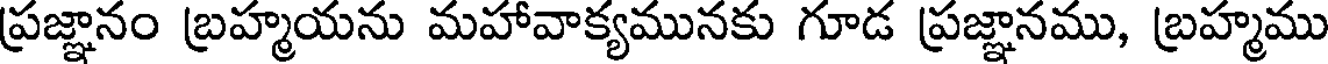
ప్రజ్ఞానం బ్రహ్మయను మహావాక్యమునకు గూడ ప్రజ్ఞానము, బ్రహ్మము